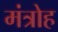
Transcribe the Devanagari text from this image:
मंत्रोह